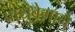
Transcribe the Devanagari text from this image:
वायुवेगाने